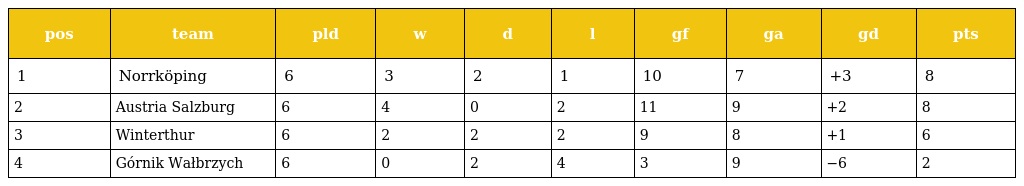
| pos | team | pld | w | d | l | gf | ga | gd | pts |
 | --- | --- | --- | --- | --- | --- | --- | --- | --- | --- |
 | 1 | Norrköping | 6 | 3 | 2 | 1 | 10 | 7 | +3 | 8 |
 | 2 | Austria Salzburg | 6 | 4 | 0 | 2 | 11 | 9 | +2 | 8 |
 | 3 | Winterthur | 6 | 2 | 2 | 2 | 9 | 8 | +1 | 6 |
 | 4 | Górnik Wałbrzych | 6 | 0 | 2 | 4 | 3 | 9 | −6 | 2 |